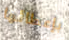
بإعطائها